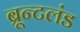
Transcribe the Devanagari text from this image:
ब्रून्टलंड